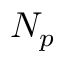
N _ { p }